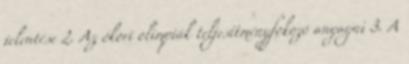
jelentése 2. Az ókori olimpiák teljesítményfokozó anyagai 3. A